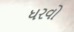
ધરવો